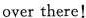
over there!